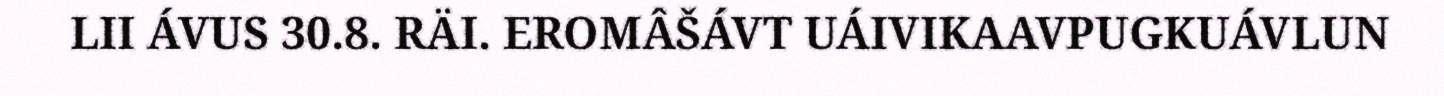
LII ÁVUS 30.8. RÄI. EROMÂŠÁVT UÁIVIKAAVPUGKUÁVLUN